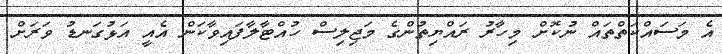
އެ މަސައްކަތްތައް ނުކޮށް މިހާރު ރައްޔިތުންގެ މަޖިލިސް ހުއްޓާލާފައިވާކަން އެއީ އަޅުގަނޑު ވަރަށް